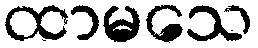
ထာမသေ